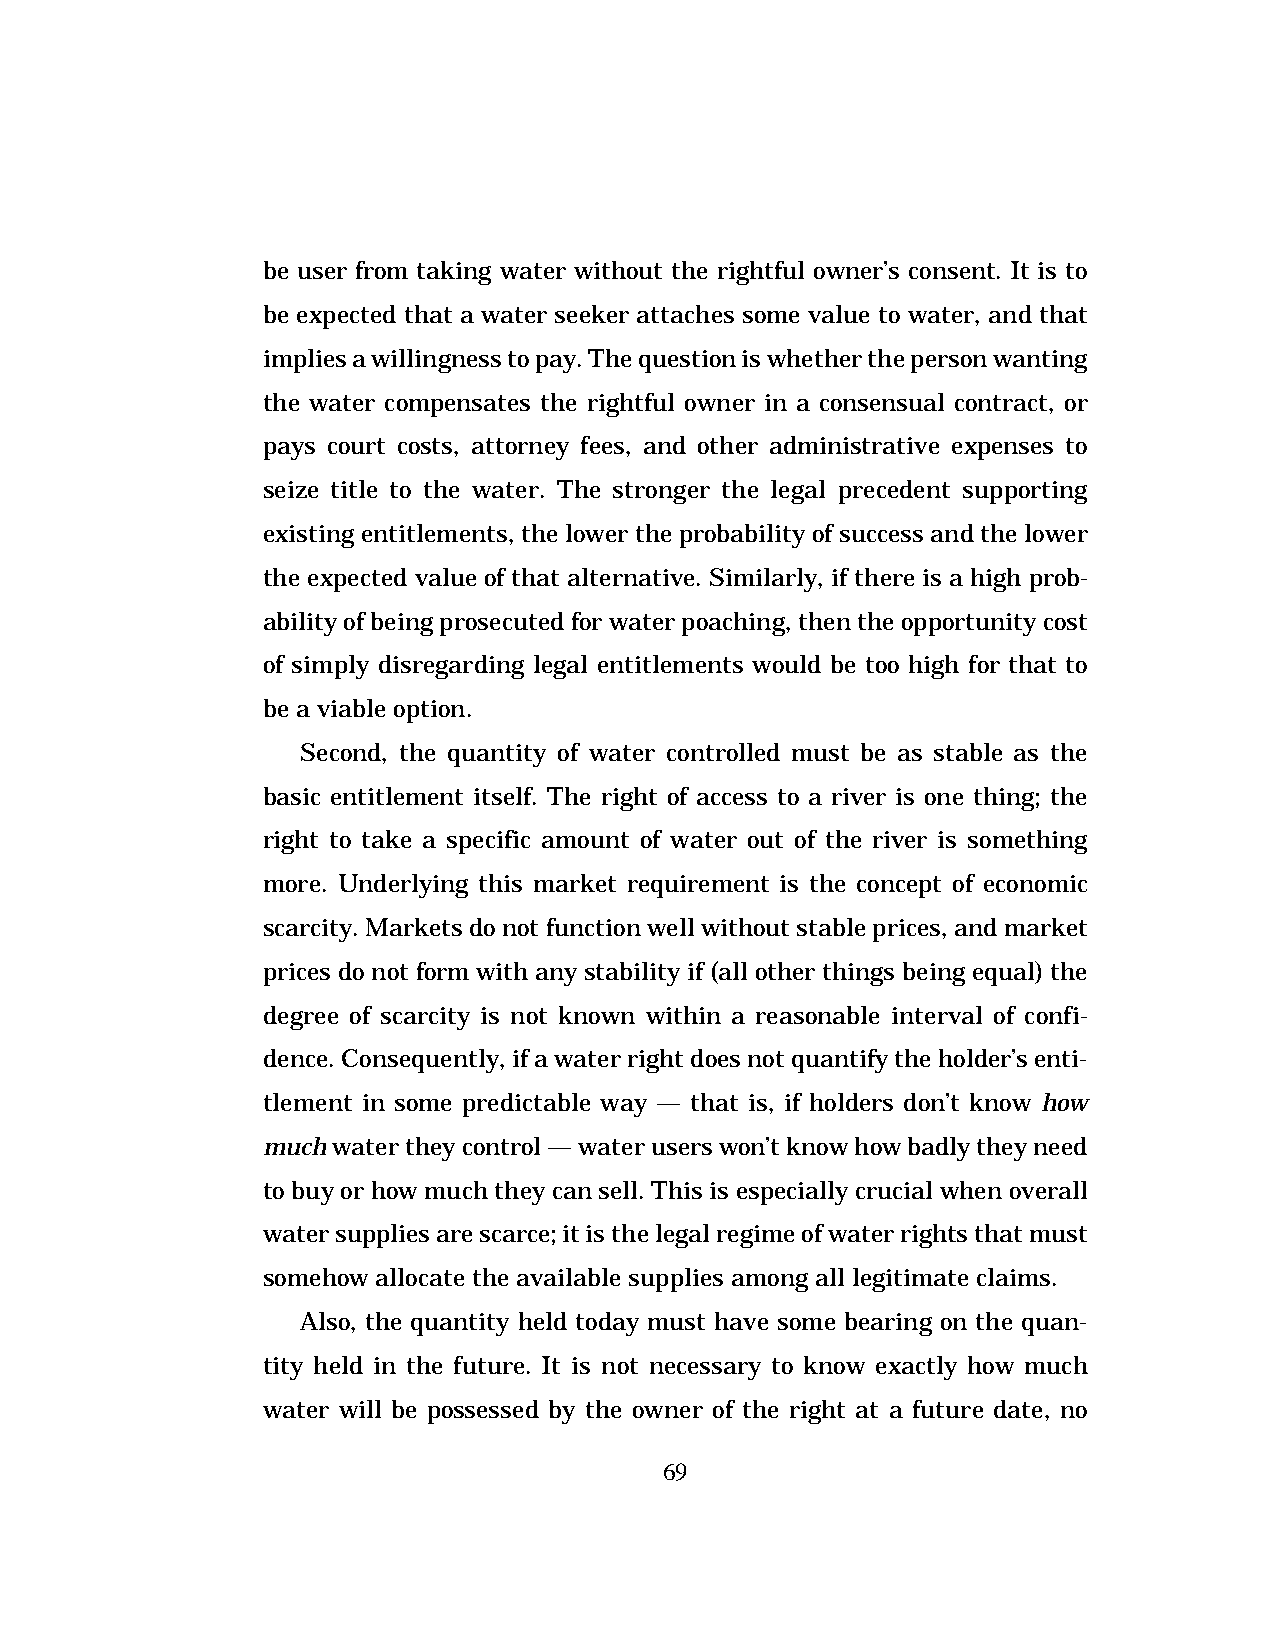
be user from taking water without the rightful owner’s consent. It is to
 be expected that a water seeker attaches some value to water, and that
 implies a willingness to pay. The question is whether the person wanting
 the water compensates the rightful owner in a consensual contract, or
 pays court costs, attorney fees, and other administrative expenses to
 seize title to the water. The stronger the legal precedent supporting
 existing entitlements, the lower the probability of success and the lower
 the expected value of that alternative. Similarly, if there is a high prob-
 ability of being prosecuted for water poaching, then the opportunity cost
 of simply disregarding legal entitlements would be too high for that to
 be a viable option.
 Second, the quantity of water controlled must be as stable as the
 basic entitlement itself. The right of access to a river is one thing; the
 right to take a specific amount of water out of the river is something
 more. Underlying this market requirement is the concept of economic
 scarcity. Markets do not function well without stable prices, and market
 prices do not form with any stability if (all other things being equal) the
 degree of scarcity is not known within a reasonable interval of confi-
 dence. Consequently, if a water right does not quantify the holder’s enti-
 tlement in some predictable way — that is, if holders don’t know how
 much water they control — water users won’t know how badly they need
 to buy or how much they can sell. This is especially crucial when overall
 water supplies are scarce; it is the legal regime of water rights that must
 somehow allocate the available supplies among all legitimate claims.
 Also, the quantity held today must have some bearing on the quan-
 tity held in the future. It is not necessary to know exactly how much
 water will be possessed by the owner of the right at a future date, no
 69